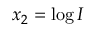
x _ { 2 } = \log I